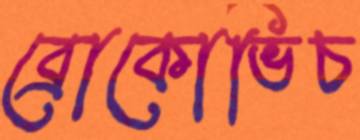
ব্রোকোভিচ